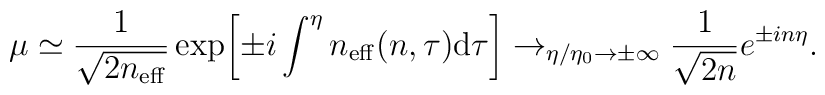
\mu \simeq \frac{1}{\sqrt{2n_{\rm eff}}}\exp \biggl[\pm i\int ^{\eta }n_{\rm eff}(n,\tau ) {\rm d}\tau\biggr]\rightarrow _{\eta /\eta _0\rightarrow \pm \infty}\frac{1}{\sqrt{2n}}e^{\pm in\eta }.